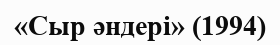
«Сыр әндері» (1994)